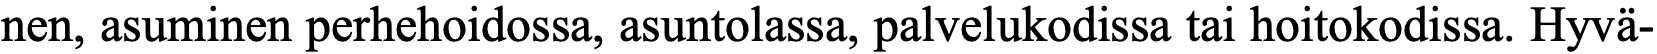
nen, asuminen perhehoidossa, asuntolassa, palvelukodissa tai hoitokodissa. Hyvä-